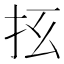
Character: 𰓀